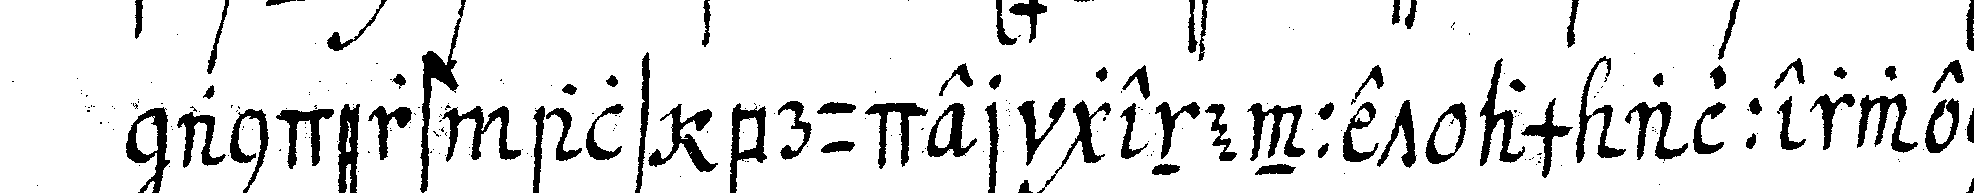
anderst als bruder genennet am allerwenig